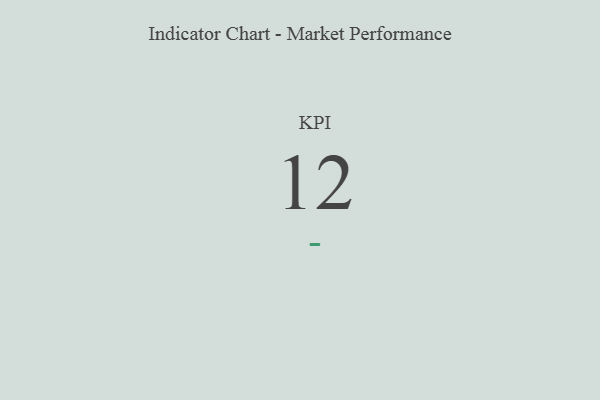
{"axis": {"x": "KPI", "y": "Value"}, "legend": [""], "data": [{"x": "KPI", "y": 12, "type": ""}]}